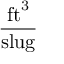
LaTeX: \frac { { \mathrm { f t } } ^ { 3 } } { \mathrm { s l u g } }